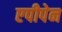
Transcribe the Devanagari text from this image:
एपीपेन